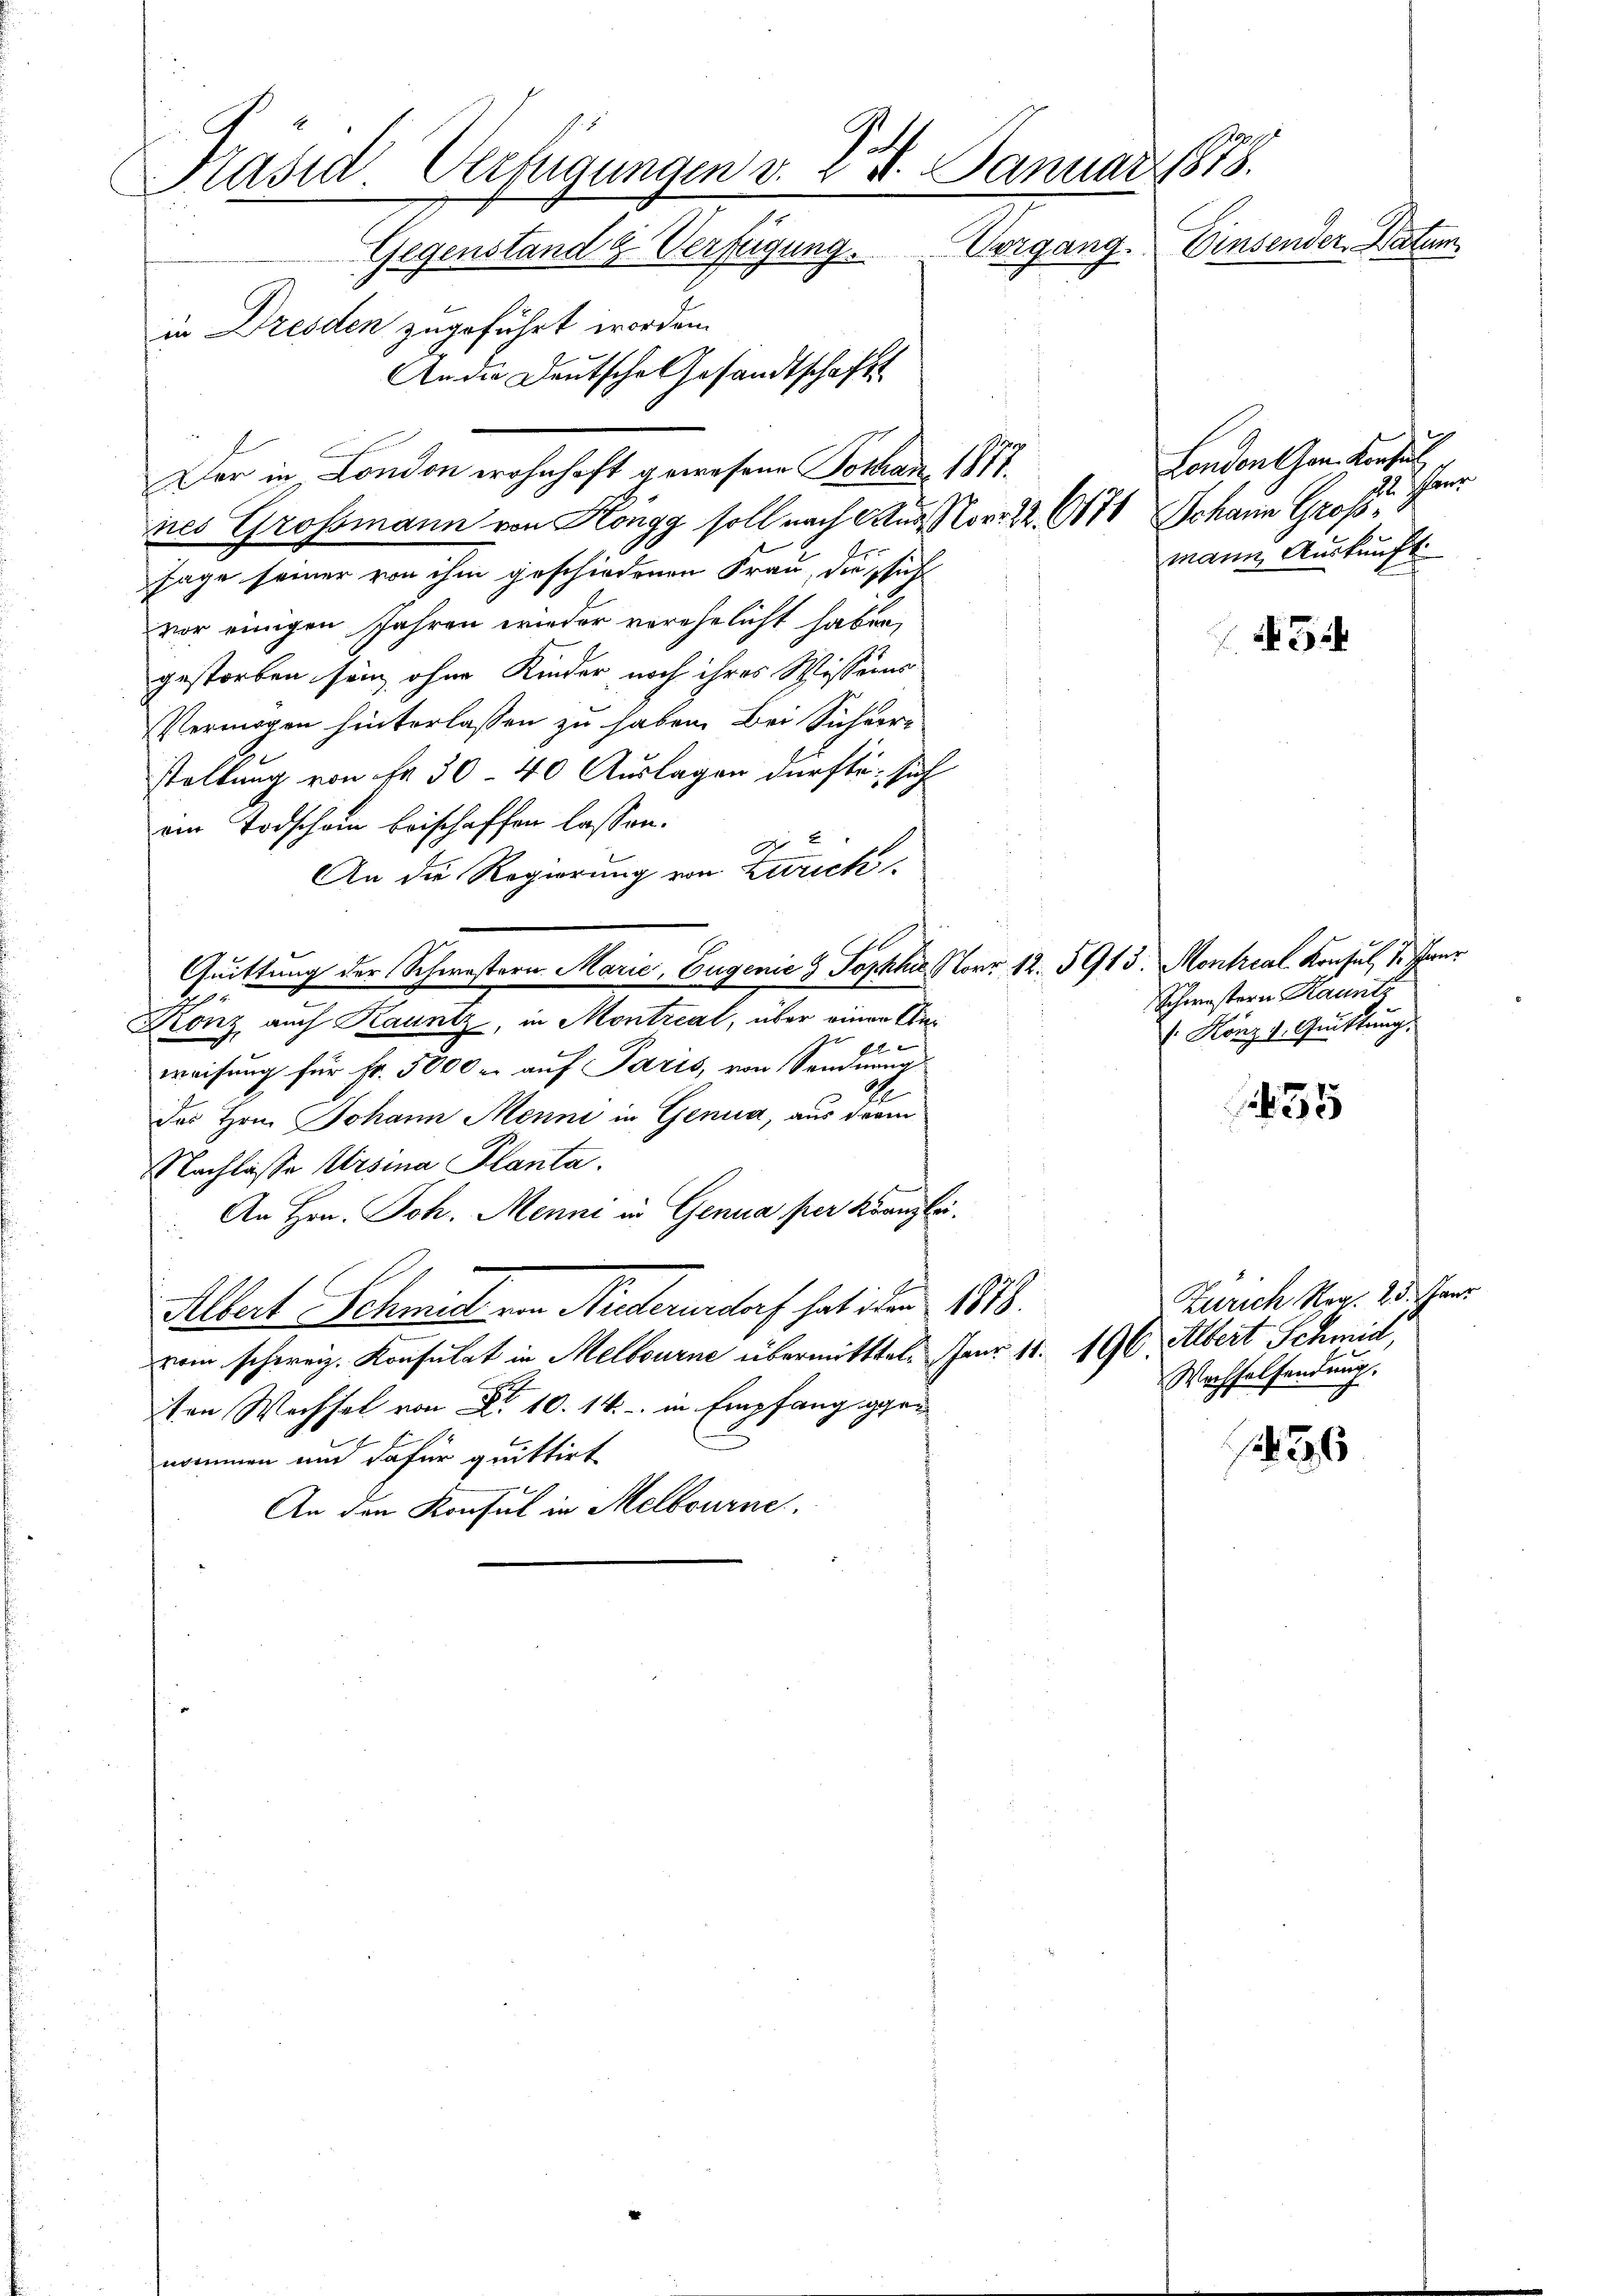
2
Präsid. Verfügungen v. 24. Januar 1878.
Gegenstand & Verfügung. Vorgang. Einsender Natum
in Dresden zugeführt worden.
An die Deutsche Gesandtschafts

nes Grossmann von Höngg soll nach Aus Nr. 22 (171 Johann Großsage seiner von ihm geschiedenen Frau, die sicht
vor einigen Jahren wieder vorehelicht haben,
gestorben sein, ohne Kinder noch ihres Wissens
Vermögen hinterlassen zu haben. Bei Sichaere
staltung von Fr. 30 - 40 Auslagen dürfte, sich
ein Todschain beischaffen lassen.
9
An die Regierung von Zürich
Quittung der Schwestern Marie, Eugenie & Sopha, Norr 12. 5913. Montrial Konsul, 1. Janr
Ronz auch Kauntz, in Montreal, über einer An¬
G
f 2 x
weisung für Fr. 5000 u. auf Paris, von Sendnung
4
Des Hrn. Johann Menni in Genua, aus der
Nachlasse Ursina Planta.
An Hrn. Joh. Menne in Genua per Kanzlei.
2
Albert Schmid von Niederurdorf hat den 1878.
vom schweiz. Konsulat in Melbourne übermitttel. Janr 11. 196 Albert Schmid,
ten Wechsel von 10. 14. in Empfang gernommen und dafür quittirt
An den Konsul in Melbourne.

Der in London wohnhaft gewesene Tothan. 1871.

London than Konsul
ene
mann Auskunft.

3

Schwestern Hauntz
. Konz 1. Quittung.

35

136

Zürich Reg. 25. Jani
Wachselfendung.